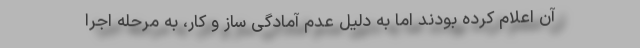
آن اعلام کرده بودند اما به دلیل عدم آمادگی ساز و کار، به مرحله اجرا